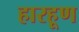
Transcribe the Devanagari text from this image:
हारहूण